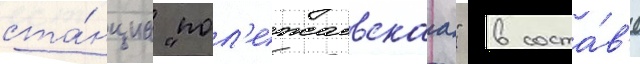
ста́нциа "пол'ежаевскаа" в соста́в'е